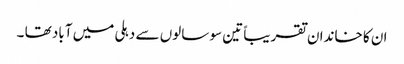
ان کا خاندان تقریباً تین سو سالوں سے دہلی میں آباد تھا ۔